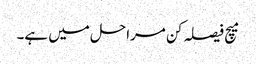
میچ فیصلہ کن مراحل میں ہے۔